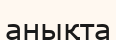
анықта